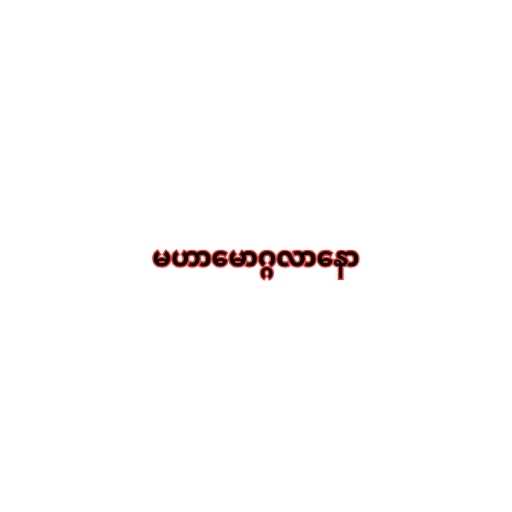
မဟာမောဂ္ဂလာနော